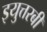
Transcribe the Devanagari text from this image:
इयुत्तरबी